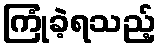
ကြုံခဲ့ရသည့်